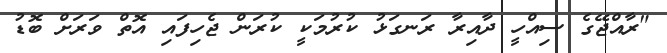
"ރާއްޖޭގެ ސިއްހީ ދާއިރާ ރަނގަޅު ކުރުމަކީ ކުރަން ޖެހިފައި އޮތް ވަރަށް ބޮޑު